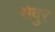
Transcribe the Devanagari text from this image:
सेवुर